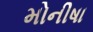
મોનીષા